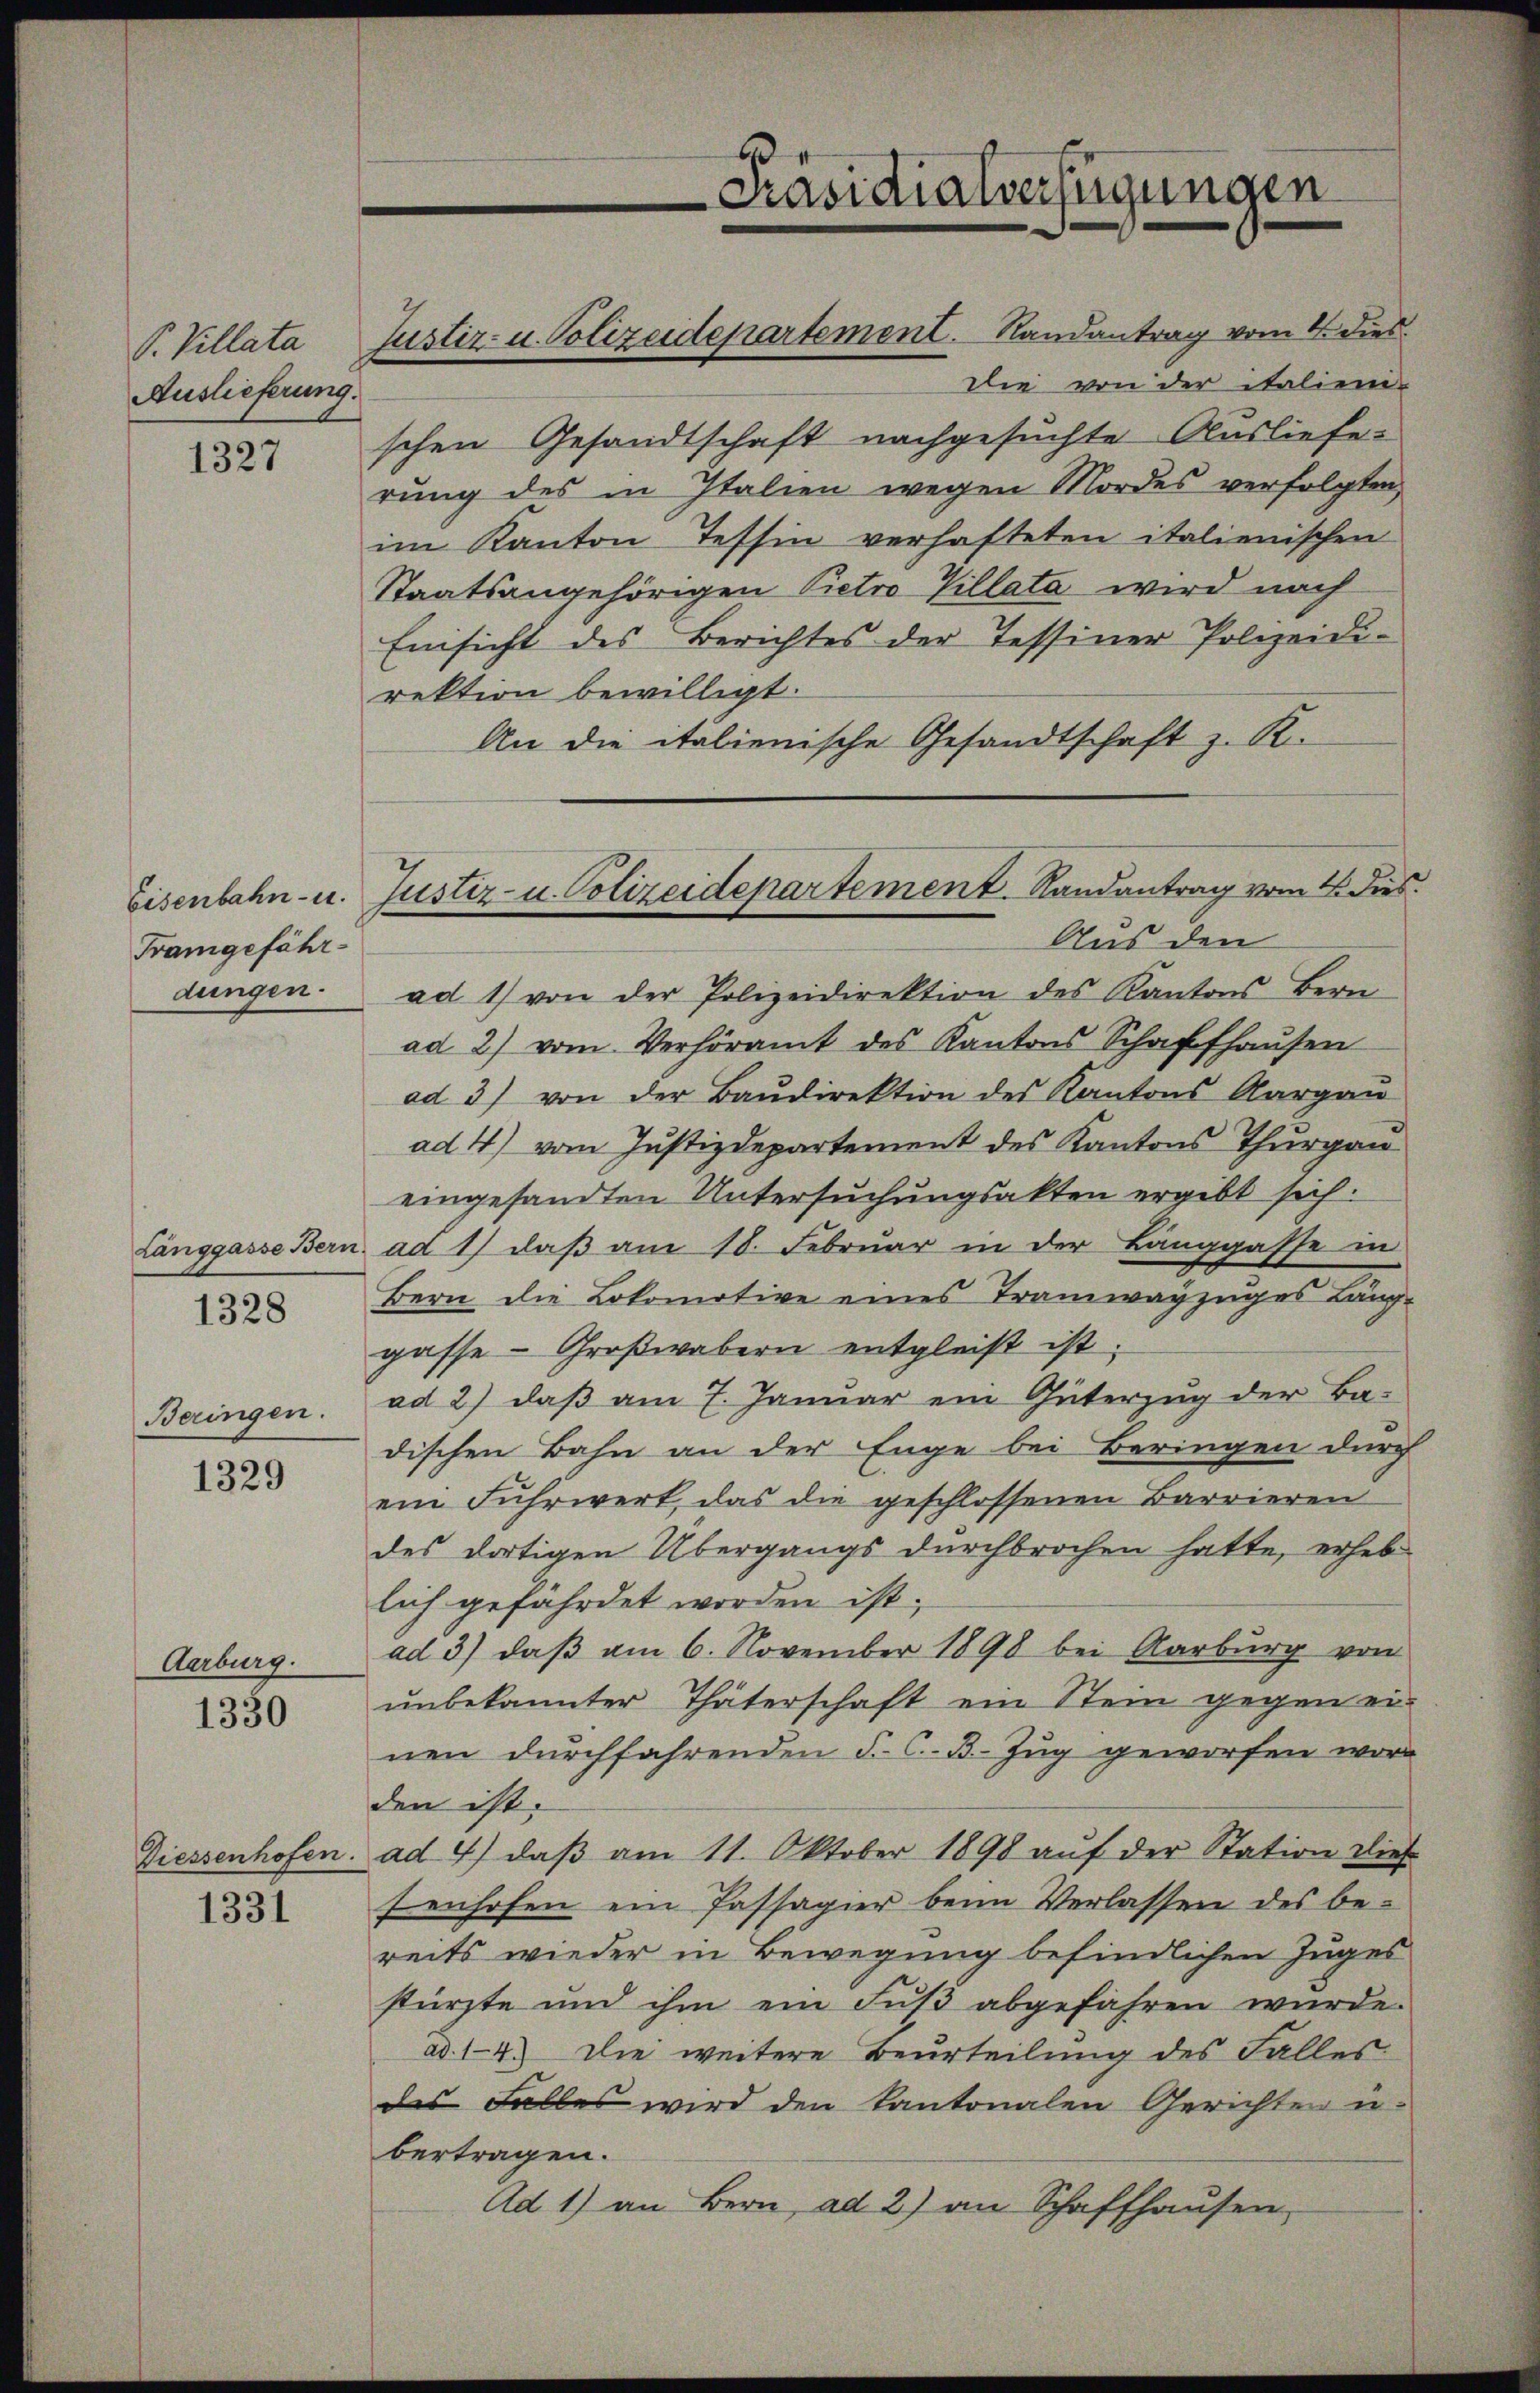
P. Villata
Auslieferung.

1327

Framgefährdungen.

Langgasse Bern
1328

Beringen.

1329

Aarburg.

1330

Diessenhofen.

1331

Justiz- u. Polizeidepartement. Randantrag vom 4. dies

Die von der italien-
schen Gesandtschaft nachgesuchte Auslieferung des in Italien wegen Mordes verfolgten,
im Kanton Tessin verhafteten italienischen
Staatsangehörigen Pietro Villata wird noch
Einsicht des Berichtes der Tessiner Polizeidirektion bewilligt.
An die italienische Gesandtschaft z. R.
ad 1) von der Polizeidirektion des Kantons Bern
ad 2) vom Verhöramt des Kantons Schaffhaŭsen
ad 3) von der Baŭdirektion des Kantons Aargaŭ
ad 4) vom Justizdepartement des Kantons Thurgau
eingesandten Untersuchungsakten ergibt sich.
ad 1) daß am 18. Februar in der Langgasse in
Bern die Lokomotive eines Tramwayzuges Läng-
gasse - Großwabern entgleist ist.
ad 2) daß am 7. Januar ein Güterzug der Ba-
dischen Bahn an der Enge bei Beringen durch
ein Fuhrwert, das die geschlossenen Barrieren
des dortigen Übergangs durchbrochen hatte, erheb
lich gefährdet worden ist;
ad 3) daβ am 6. November 1898 bei Aarburg von
unbekannter Thäterschaft ein Stein gegen einen durchfahrenden F. C.-B. Zug geworfen worden ist.
ad 4) daß am 11. Oktober 1898 aŭf der Station dies
fenhofen ein Passagier beim Verlassen des be-
reits wieder in Bewegung befindlichen Zuges
stürzte und ihm ein Fuß abgefahren wurde.
ad. 14) Die weitere Beurteilung des Falles
des Falles wird den Kantonalen Gerichten u.
bertragen.
Ad 1) an Bern, ad 2) an Schaffhausen,

Präsidialverfügungen

Eisenbahn- u. Justiz- u. Polizeidepartement. Randantrag vom 4. dies
Aus den